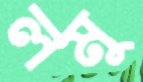
লমু